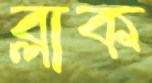
ব্লাক